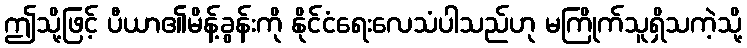
ဤသို့ဖြင့် ပီယာ၏မိန့်ခွန်းကို နိုင်ငံရေးလေသံပါသည်ဟု မကြိုက်သူရှိသကဲ့သို့